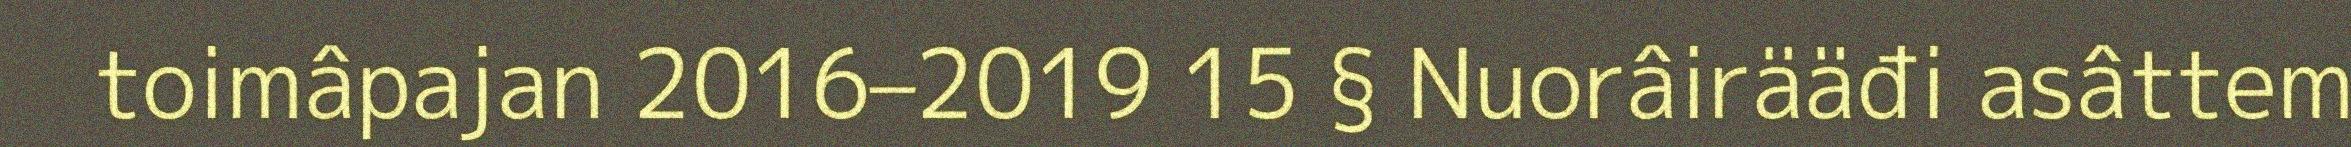
toimâpajan 2016–2019 15 § Nuorâirääđi asâttem